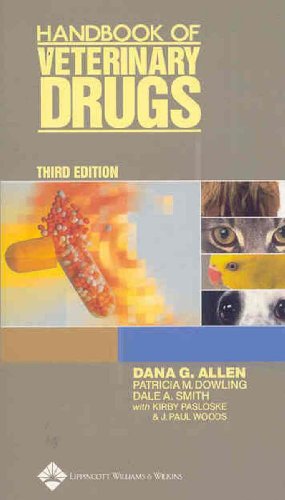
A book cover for Handbook of Veterinary Drugs; Medical Books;